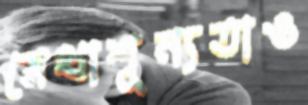
মেধাশূন্যতাও